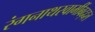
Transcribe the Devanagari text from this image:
रंगनाथस्वामींबद्दल